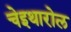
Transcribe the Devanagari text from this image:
चेइथारोल